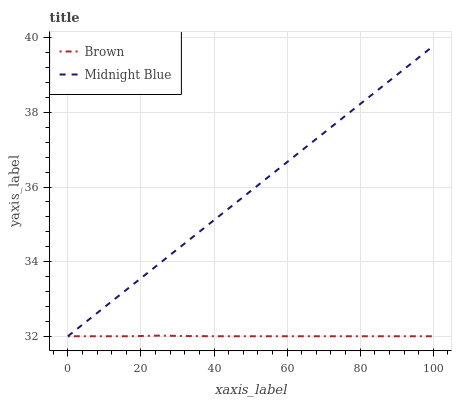
| xaxis_label | Brown | Midnight Blue |
 | --- | --- | --- |
 | 0 | 32 | 32 |
 | 8.33 | 32 | 32.6 |
 | 16.7 | 32 | 33.3 |
 | 25 | 32 | 33.9 |
 | 33.3 | 32 | 34.6 |
 | 41.7 | 32 | 35.2 |
 | 50 | 32 | 35.9 |
 | 58.3 | 32 | 36.5 |
 | 66.7 | 32 | 37.2 |
 | 75 | 32 | 37.8 |
 | 83.3 | 32 | 38.5 |
 | 91.7 | 32 | 39.1 |
 | 100 | 32 | 39.8 |